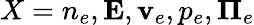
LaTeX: X=n_{e},{\mathbf E},{\mathbf v_{e}},p_{e},{\mathbf\Pi_{e}}